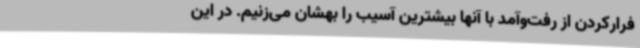
فرارکردن از رفت‌وآمد با آنها بیشترین آسیب را بهشان می‌زنیم. در این